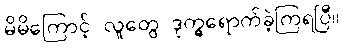
မိမိကြောင့် လူတွေ ဒုက္ခရောက်ခဲ့ကြရပြီ။